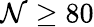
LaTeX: \mathcal{N}\geq80